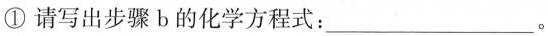
①请写出步骤b的化学方程式：___。